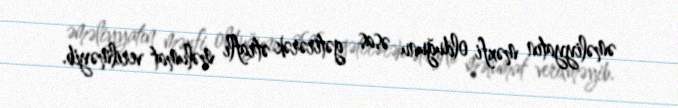
əməliyyatın məxfi olduğunu əsas gətirərək ətraflı məlumat verilməyib.